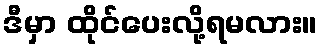
ဒီမှာ ထိုင်ပေးလို့ရမလား။